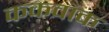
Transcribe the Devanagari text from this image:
ककवाक